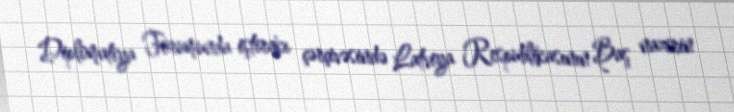
Diplomatiya Forumunda iştirakı çərçivəsində Latviya Respublikasının Baş nazirin